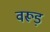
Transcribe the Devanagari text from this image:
वरूड़